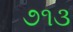
૭૧૩